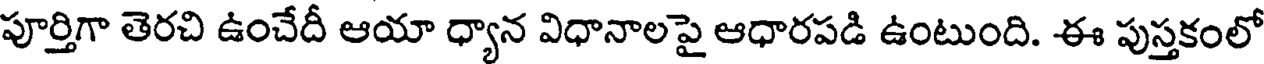
పూర్తిగా తెరచి ఉంచేదీ ఆయా ధ్యాన విధానాలపై ఆధారపడి ఉంటుంది. ఈ పుస్తకంలో